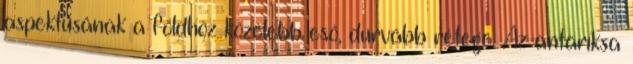
aspektusának a földhöz közelebb eső, durvább rétege. Az antaríksa